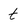
Character: t